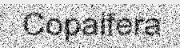
Copaifera